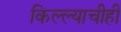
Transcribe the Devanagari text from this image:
किल्ल्याचीही